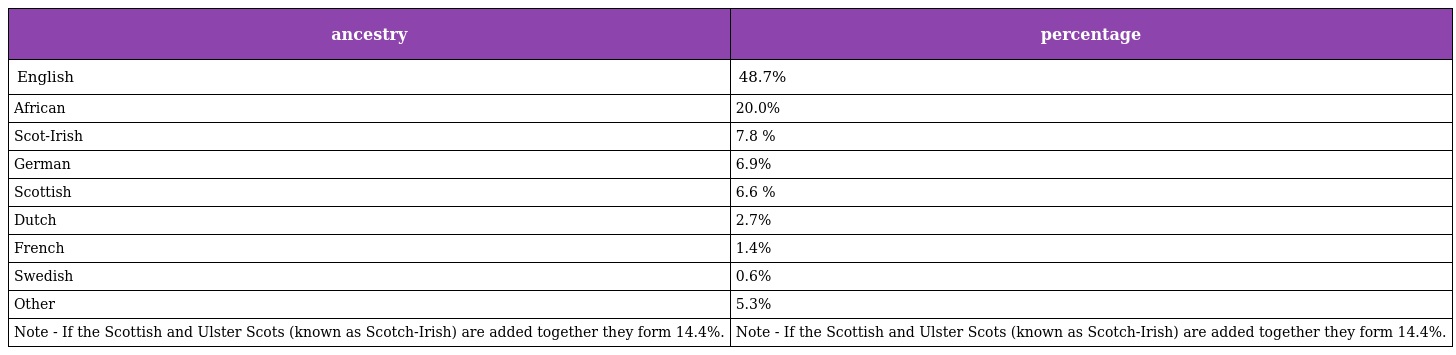
| ancestry | percentage |
 | --- | --- |
 | English | 48.7% |
 | African | 20.0% |
 | Scot-Irish | 7.8 % |
 | German | 6.9% |
 | Scottish | 6.6 % |
 | Dutch | 2.7% |
 | French | 1.4% |
 | Swedish | 0.6% |
 | Other | 5.3% |
 | Note - If the Scottish and Ulster Scots (known as Scotch-Irish) are added together they form 14.4%. | Note - If the Scottish and Ulster Scots (known as Scotch-Irish) are added together they form 14.4%. |